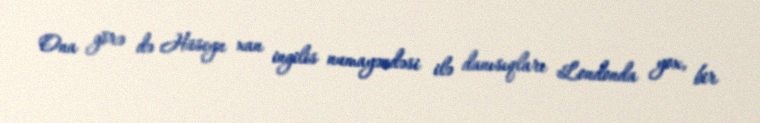
Ona görə də Hüseyn xan ingilis numayəndəsi ilə danısıqları Londonda yox, bir